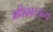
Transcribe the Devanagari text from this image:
अधिकारजन्य